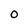
Character: 0